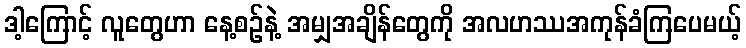
ဒါ့ကြောင့် လူတွေဟာ နေ့စဉ်နဲ့ အမျှအချိန်တွေကို အလဟဿအကုန်ခံကြပေမယ့်